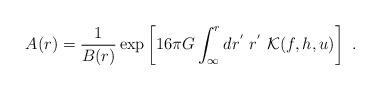
LaTeX: \begin{align*}A(r)=\frac1{B(r)}\exp\left[16\pi G\int_\infty^rdr^{'}\ r^{'}\ {\cal K}(f,h,u)\right] \ .\end{align*}